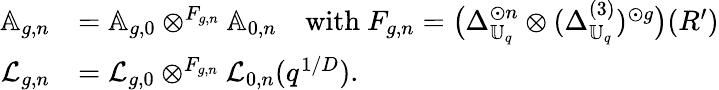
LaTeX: \begin{array}{rl}{\mathbb{A}_{g,n}}&{=\mathbb{A}_{g,0}\otimes^{F_{g,n}}\mathbb{A}_{0,n}\quad\mathrm{with~}F_{g,n}=\bigl(\Delta_{\mathbb{U}_{q}}^{\odot n}\otimes(\Delta_{\mathbb{U}_{q}}^{(3)})^{\odot g}\bigr)(R^{\prime})}\\ {\mathcal{L}_{g,n}}&{=\mathcal{L}_{g,0}\otimes^{F_{g,n}}\mathcal{L}_{0,n}(q^{1/D}).}\end{array}